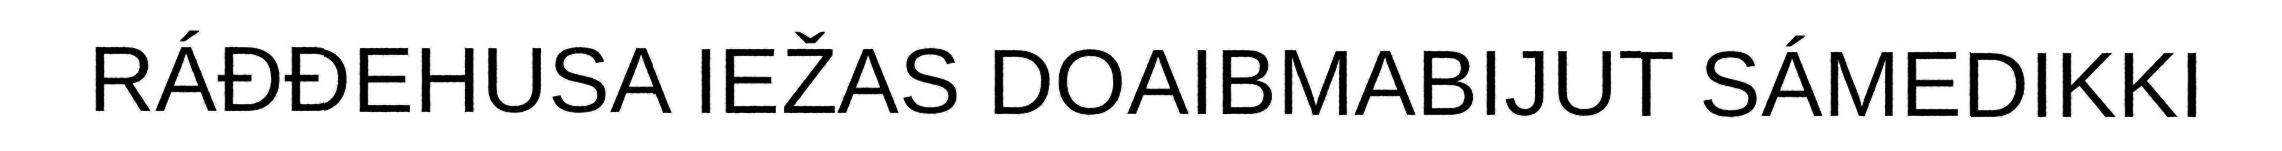
RÁĐĐEHUSA IEŽAS DOAIBMABIJUT SÁMEDIKKI